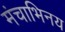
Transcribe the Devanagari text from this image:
मंचाभिनय